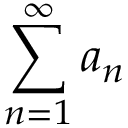
\displaystyle \sum _ { n = 1 } ^ { \infty } a _ { n }